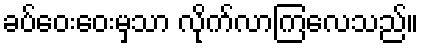
ခပ်ဝေးဝေးမှသာ လိုက်လာကြလေသည်။